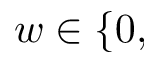
w \in \{ 0 ,